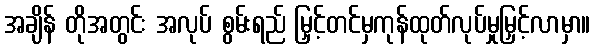
အချိန် တိုအတွင်း အလုပ် စွမ်းရည် မြှင့်တင်မှကုန်ထုတ်လုပ်မှုမြှင့်လာမှာ။